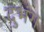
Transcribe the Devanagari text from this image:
दुभंग